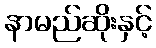
နာမည်ဆိုးနှင့်